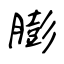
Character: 膨